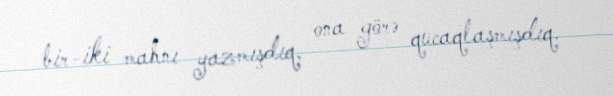
bir-iki mahnı yazmışdıq, ona görə qucaqlaşmışdıq.